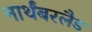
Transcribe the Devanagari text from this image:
नार्थंबरलैड